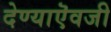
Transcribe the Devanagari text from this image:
देण्याऎवजी